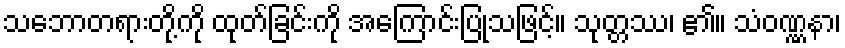
သဘောတရားတို့ကို ထုတ်ခြင်းကို အကြောင်းပြုသဖြင့်။ သုတ္တဿ၊ ၏။ သံဝဏ္ဏနာ၊